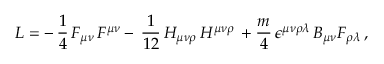
{ \cal L } = - \, \frac { 1 } { 4 } \, F _ { \mu \nu } \, F ^ { \mu \nu } - \, \frac { 1 } { 1 2 } \, H _ { \mu \nu \rho } \, H ^ { \mu \nu \rho } \, + { \frac { m } { 4 } } \, \epsilon ^ { \mu \nu \rho \lambda } \, B _ { \mu \nu } F _ { \rho \lambda } \, ,